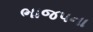
ભાજપના